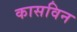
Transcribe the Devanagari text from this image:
कासविन